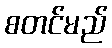
စတင်မည်